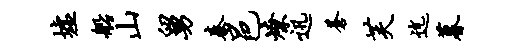
墟船山舅秦邑燎迅苍芙迄暮